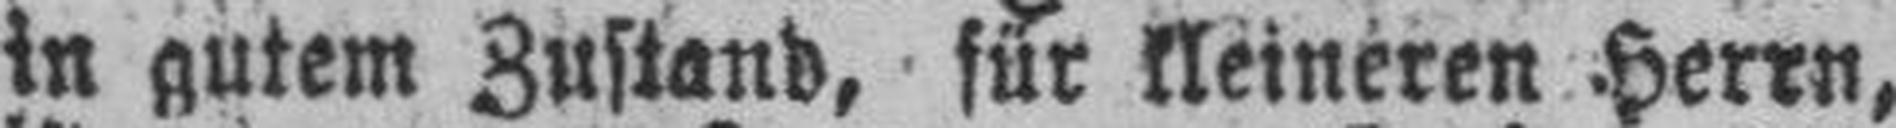
in gutem Zustand, für kleineren Herrn,